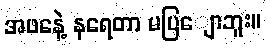
အဖနေဲ့ နရေတာ မပြျောဘူး။